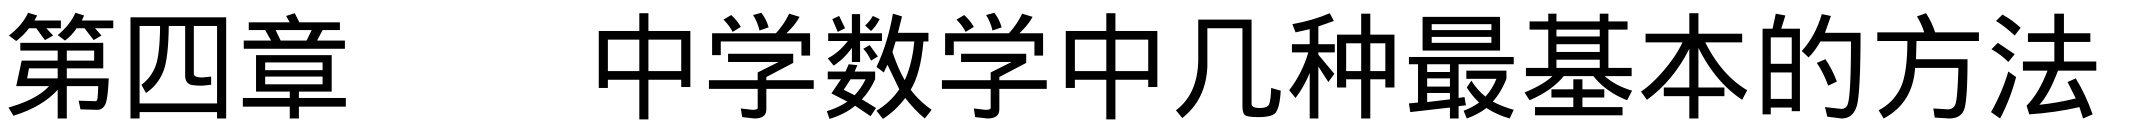
第四章 \quad 中学数学中几种最基本的方法